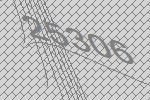
25306